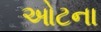
ઓટના